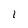
Character: 1